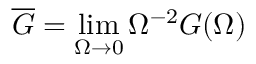
\overline { { G } } = \operatorname * { l i m } _ { \Omega \to 0 } \Omega ^ { - 2 } G ( \Omega )